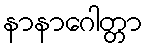
နာနာဂေါတ္တာ